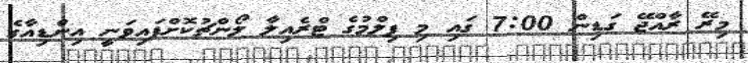
މިރޭ ރާއްޖޭ ގަޑިން 7:00 ގައި މި ފިލްމުގެ ޓްރެއިލާ ލޯންޗުކޮށްފައިވަނީ އިންޑިއާގެ